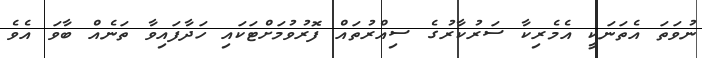
ނުވަތަ އެތަނަކީ އެމެރިކާ ސަރުކާރުގެ ސިއްރުތައް ފޮރުވުމަށްޓަކައި ހަދާފައިވާ ތަނެއް ބާވަ އެވެ